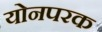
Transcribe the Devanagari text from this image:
योनपरक